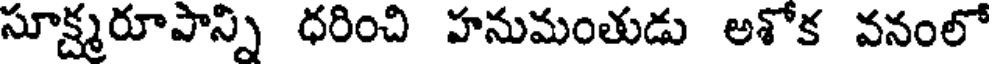
సూక్ష్మరూపాన్ని ధరించి హనుమంతుడు అశోక వనంలో